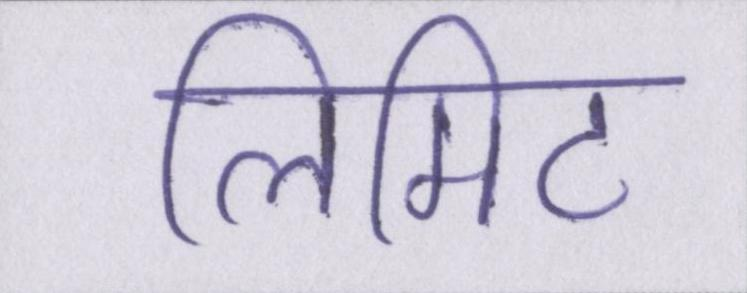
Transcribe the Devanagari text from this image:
लिमिट